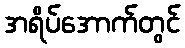
အရိပ်အောက်တွင်